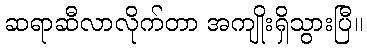
ဆရာဆီလာလိုက်တာ အကျိုးရှိသွားပြီ။